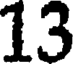
13